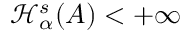
\mathcal { H } _ { \alpha } ^ { s } ( A ) < + \infty